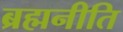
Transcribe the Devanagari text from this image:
ब्रह्मनीति